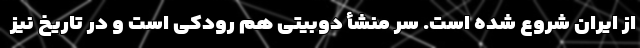
از ایران شروع شده است. سر منشأ دوبیتی هم رودکی است و در تاریخ نیز